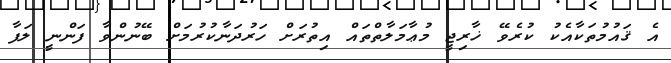
އެ ޤައުމުތަކާއެކު ކުރެވޭ ޚާރިޖީ މުޢާމަލާތްތައް އިތުރަށް ހަރުދަނާކުރުމަށް ބޭނުންވާ ފަންނީ ލަފާ